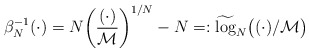
\begin{align*}\beta_N^{-1}(\cdot)=N\bigg(\frac{(\cdot)}{\mathcal{M}}\bigg)^{1/N}-N=:\widetilde{\log}_N\big((\cdot)/\mathcal{M}\big)\end{align*}